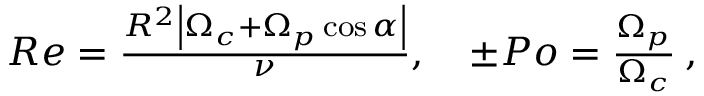
\begin{array} { r } { R e = \frac { R ^ { 2 } \left| \Omega _ { c } + \Omega _ { p } \cos \alpha \right| } { \nu } , \quad \pm P o = \frac { \Omega _ { p } } { \Omega _ { c } } \: , } \end{array}